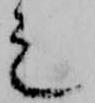
之